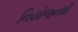
નિયોજનથી